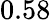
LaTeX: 0.58